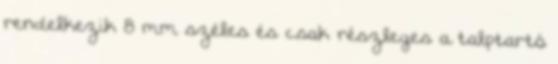
rendelkezik 8 mm széles és csak részleges a talptartó